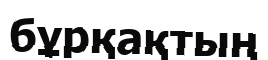
бұрқақтың